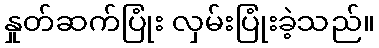
နှုတ်ဆက်ပြုံး လှမ်းပြုံးခဲ့သည်။